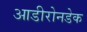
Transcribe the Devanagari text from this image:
आडीरोनडेक